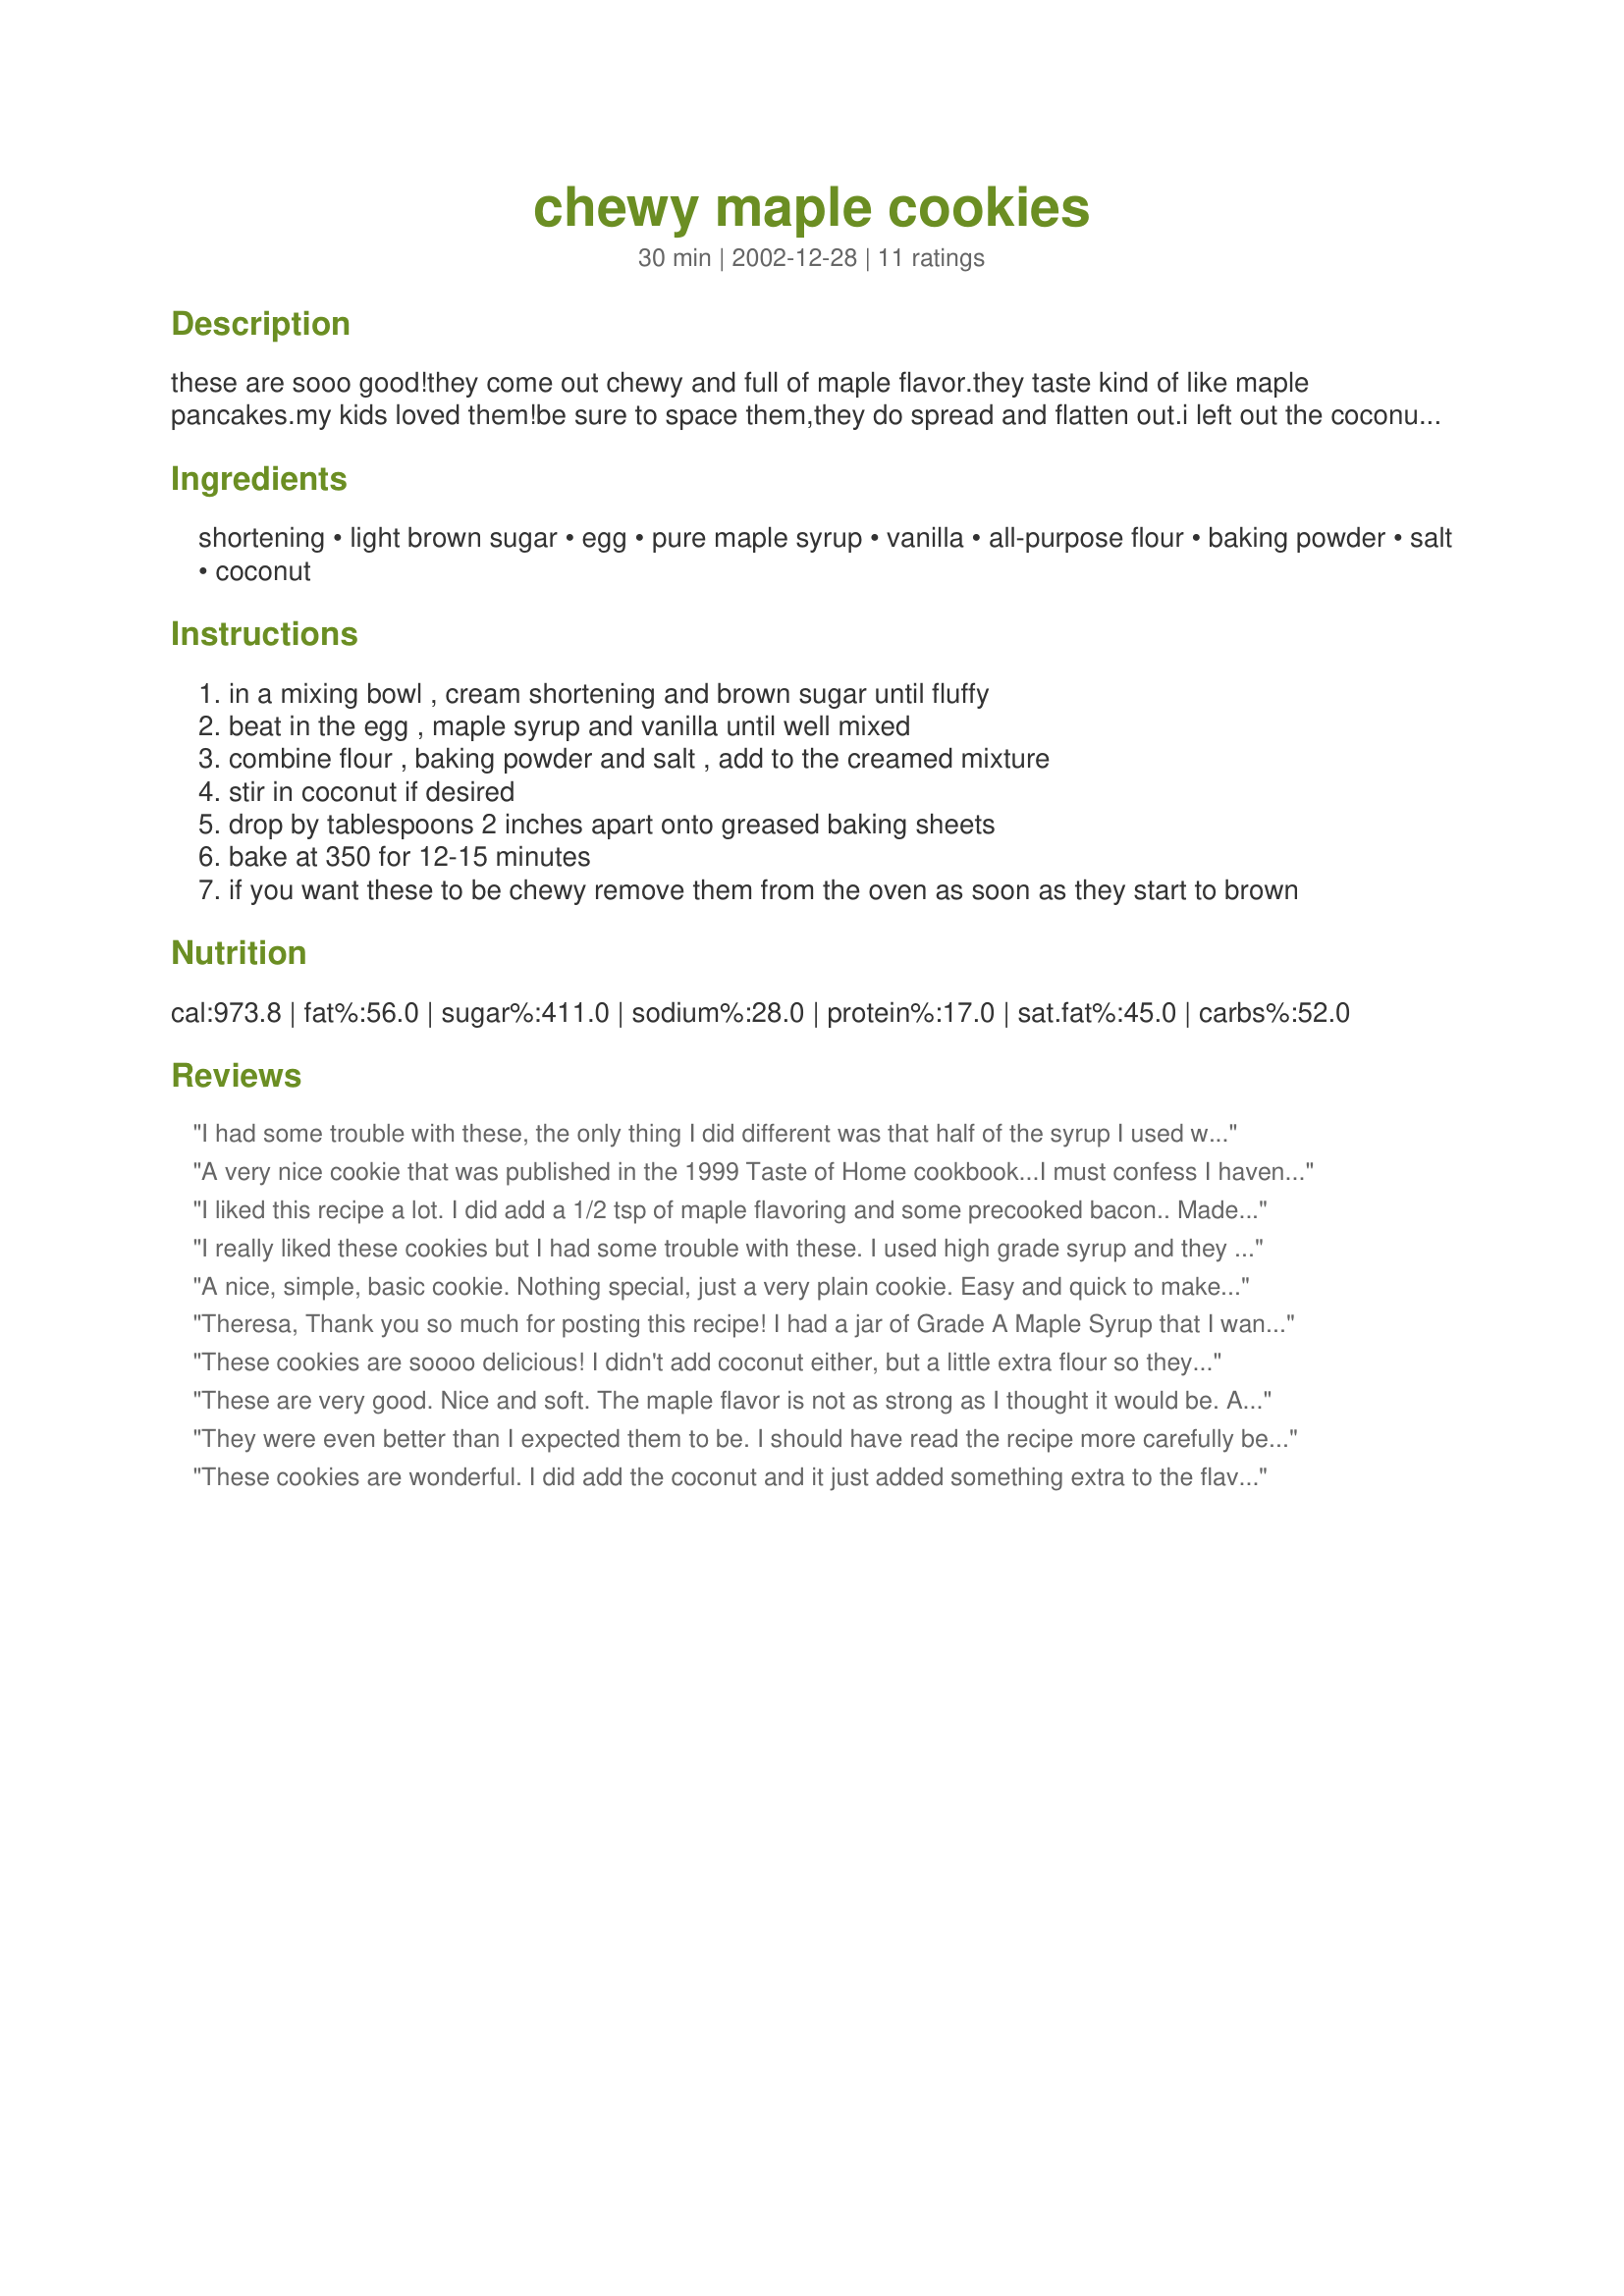
chewy maple cookies
Preparation time: 30 minutes

these are sooo good!they come out chewy and full of maple flavor.they taste kind of like maple pancakes.my kids loved them!be sure to space them,they do spread and flatten out.i left out the coconut.they are so easy and quick to make too.

Ingredients:
shortening, light brown sugar, egg, pure maple syrup, vanilla, all-purpose flour, baking powder, salt, coconut

Steps:
in a mixing bowl , cream shortening and brown sugar until fluffy
beat in the egg , maple syrup and vanilla until well mixed
combine flour , baking powder and salt , add to the creamed mixture
stir in coconut if desired
drop by tablespoons 2 inches apart onto greased baking sheets
bake at 350 for 12-15 minutes
if you want these to be chewy remove them from the oven as soon as they start to brown

Reviews:
I had some trouble with these, the only thing I did different was that half of the syrup I used was a cheaper brand and maybe not pure, half was pure but I ran out. I couldn't get the inside of the cookie to cook it was all gooey and when it hardened it was more like a toffee than cookie. The ones I left in the oven longer turned out crunchy. The goo didn't taste bad though =) and my younger brothers ate them pretty fast.
A very nice cookie that was published in the 1999 Taste of Home cookbook...I must confess I haven't made them with the coconut either, but ONE day!
I liked this recipe a lot. I did add a 1/2 tsp of maple flavoring and some precooked bacon.. Made the recipe even better... yummm!
I really liked these cookies but I had some trouble with these. I used high grade syrup and they still turned out really gooey. The dough was sticky and hard to work with and I hoped that they would cook up nicely. But when I cooked these up they were really thin, and never really became a "cookie." They stayed crunchy in the outside and almost toffee like and they never really set up. I will definitely be trying these again, as the flavor was very nice.
A nice, simple, basic cookie. Nothing special, just a very plain cookie. Easy and quick to make. Not too sweet and the coconut adds a pleasant nuttiness that compliments the maple taste. I would highly recommend adding the coconut.
Theresa,
Thank you so much for posting this recipe! I had a jar of Grade A Maple Syrup that I wanted to use up and these cookies did it. They are soft, moist and tender yet full of flavor. They are sweet but not too sweet. I did remove them from the oven at 10 minutes and they were perfect. I didn't add the coconut either... I can't imagine that the coconut would add a lot.
These are a new staple for our cookie jar! Thanks for sharing this easy and delicious recipe :)
These cookies are soooo delicious! I didn't add coconut either, but a little extra flour so they wouldn't be goopy. This will be an awesome addition during maple syrup time.
These are very good. Nice and soft. The maple flavor is not as strong as I thought it would be. A very sweet cookie.
They were even better than I expected them to be. I should have read the recipe more carefully because I overlooked the part about greasing the cookie sheet and they stuck to the pan. I didn't add the coconut because I thought the maple syrup and the coconut seemed like an odd combination, but maybe I'll try it next time. Thanks for the recipe!
These cookies are wonderful. I did add the coconut and it just added something extra to the flavor. It is a wonderful cookie. I took them out of the oven after 10 minutes. I entered them in the Pennsylvania Maple Festival in Meyersdale and took 1st place with this recipe.
These are my favourite cookies from now on.
They are sooooooooooooooooooo gooooooood! We call them pancake cookies because that IS what they taste like.
I got about 50 cookies (I rolled them into balls from about a teaspoon full) and they were still a good size since they do spread out quite a bit.
So easy and I always have the ingredients on hand, but I did leave out the coconut as a personal preference.
Thanks!
